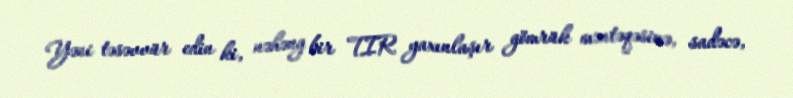
Yəni təsəvvür edin ki, nəhəng bir TIR yaxınlaşır gömrük məntəqəsinə, sadəcə,